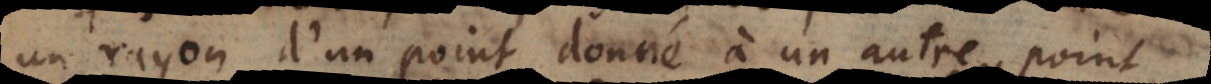
un rayon d’un point donné à un autre point